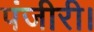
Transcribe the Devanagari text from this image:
पंजीरी।